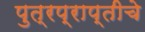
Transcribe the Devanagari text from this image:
पुत्रप्राप्‍तीचे